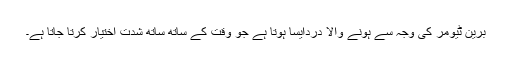
برین ٹیومر کی وجہ سے ہونے والا دردایسا ہوتا ہے جو وقت کے ساتھ ساتھ شدت اختیار کرتا جاتا ہے۔